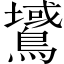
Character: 𪅫